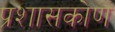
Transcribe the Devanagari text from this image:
प्रशासकोण